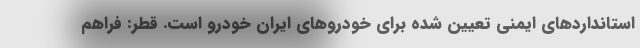
استانداردهای ایمنی تعیین شده برای خودروهای ایران خودرو است. قطر: فراهم